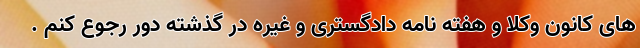
های کانون وکلا و هفته نامه دادگستری و غیره در گذشته دور رجوع کنم .